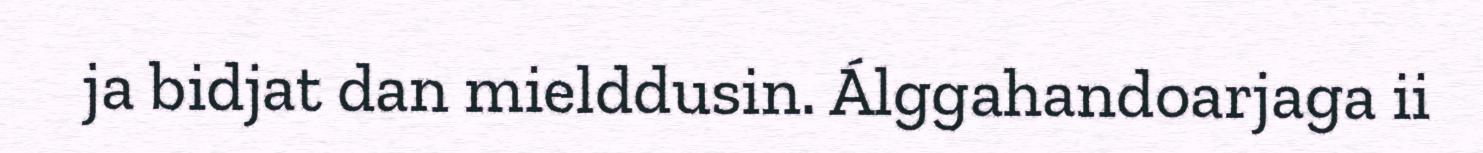
ja bidjat dan mielddusin. Álggahandoarjaga ii